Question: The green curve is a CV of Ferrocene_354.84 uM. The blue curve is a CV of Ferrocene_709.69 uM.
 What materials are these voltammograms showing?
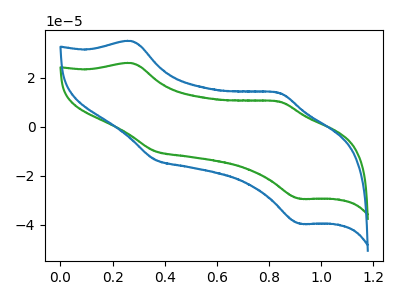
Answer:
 <answer>The green curve is labeled "Ferrocene_354.84 uM". The blue curve is labeled "Ferrocene_709.69 uM".</answer>
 <eval></eval>